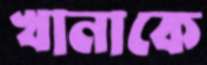
খানাকে